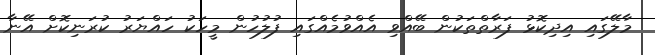
މާލޭގައި އިދިކޮޅު ފަރާތްތަކުން ބޭއްވި އެއްވުމެއްގައި ފުލުހުން މީހަކު ހައްޔަރު ކުރަނިކޮށް އޭނާ